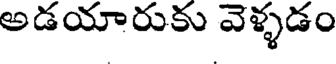
అడయారుకు వెళ్ళడం